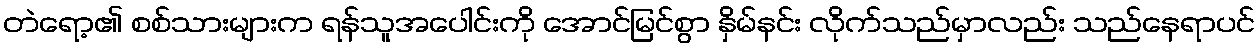
တဲရော့၏ စစ်သားများက ရန်သူအပေါင်းကို အောင်မြင်စွာ နှိမ်နင်း လိုက်သည်မှာလည်း သည်နေရာပင်